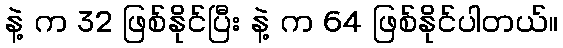
နဲ့ က 32 ဖြစ်နိုင်ပြီး နဲ့ က 64 ဖြစ်နိုင်ပါတယ်။